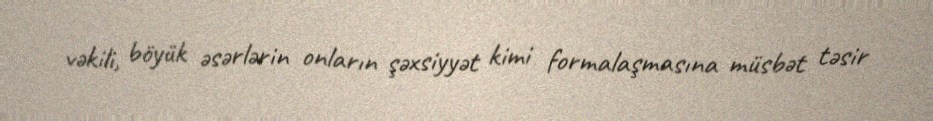
vəkili, böyük əsərlərin onların şəxsiyyət kimi formalaşmasına müsbət təsir